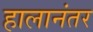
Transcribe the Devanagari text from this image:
हालानंतर